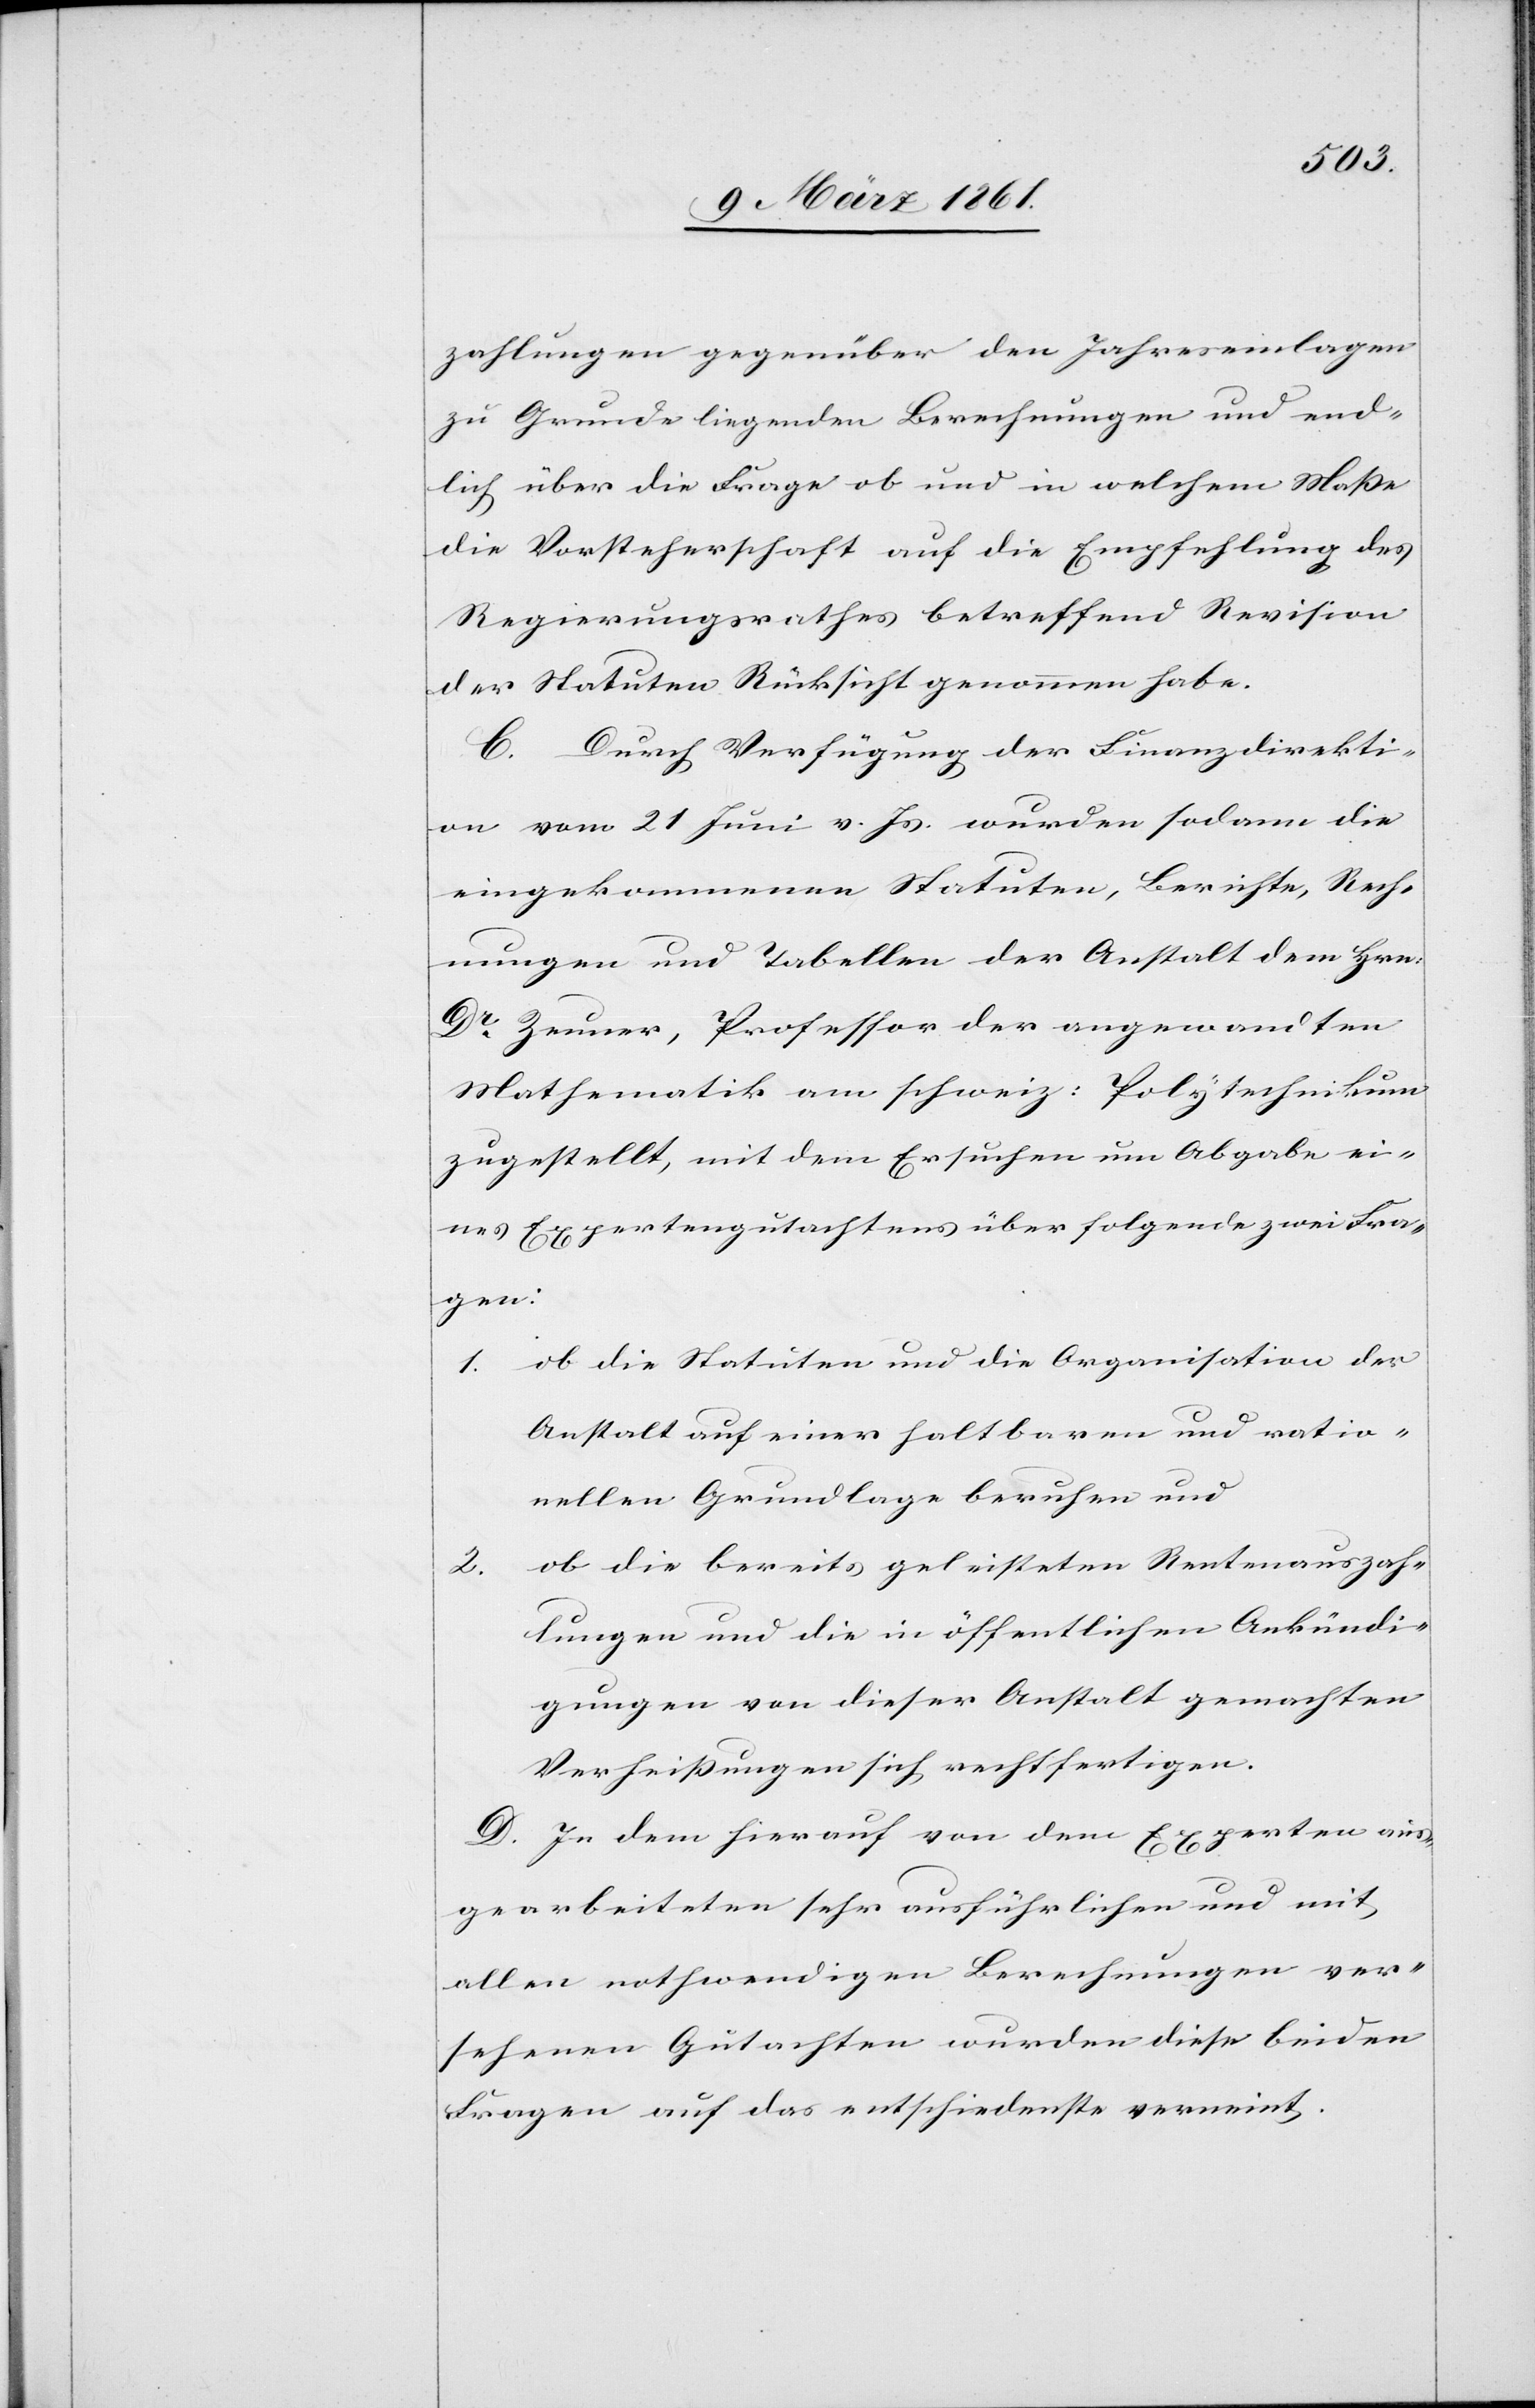
2.
zahlungen gegenüber den Jahreseinlagen
zu Grunde liegenden Berechnungen und end¬
lich über die Frage ob und in welchem Maße
die Vorsteherschaft auf Empfehlung des
Regierungsrathes betreffend Revision
der Statuten Rücksicht genommen habe.
C. Durch Verfügung der Finanzdirekti¬
on vom 21. Juni v. Js. wurden sodann die
eingekommenen Statuten, Berichte, Rech¬
nungen und Tabellen der Anstalt dem Hrn.
Dr. Zeuner, Professor der angewandten
Mathematik am schweiz: Polytechnikum
zugestellt, mit dem Ersuchen um Abgabe ei¬
nes Expertengutachtens über folgende zwei Fra¬
gen:
1. ob die Statuten und die Organisation der
Anstalt auf einer haltbaren und ratio¬
nellen Grundlage beruhen und
ob die bereits geleisteten Rentenauszah¬
lungen und die in öffentlichen Ankündi¬
gungen von dieser Anstalt gemachten
Verheißungen sich rechtfertigen.
D. In dem hierauf von dem Experten aus¬
gearbeiteten sehr ausführlichen und mit
allen nothwendigen Berechnungen ver¬
sehenen Gutachten wurden diese beiden
Fragen auf das entschiedenste verneint.